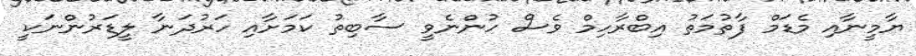
ޔާމީނާއި މެޑަމް ފާތުމަތު އިބްރާހިމް ވެސް ހުންނެވީ ސާބިތު ކަމަށާއި ހަރުދަނާ ލީޑަރުންނަކީ